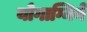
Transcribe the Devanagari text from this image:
योगाग्निने